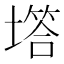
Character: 㙮